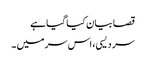
قصا بیان کیا گیا ہے
سر دیسی، اس سر میں ۔